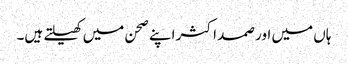
ہاں میں اور صمد اکثر اپنے صحن میں کھیلتے ہیں۔